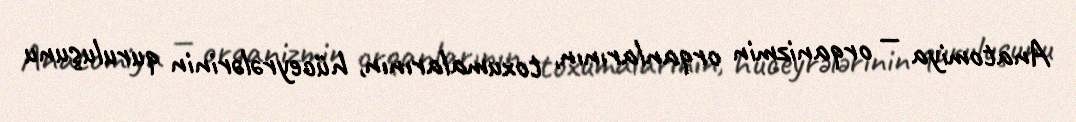
Anatomiya — orqanizmin orqanlarının, toxumalarının, hüceyrələrinin quruluşunu